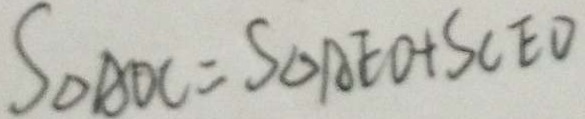
S _ { \Delta A O C } = S _ { \Delta A E O } + S _ { C E O }